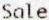
SALE